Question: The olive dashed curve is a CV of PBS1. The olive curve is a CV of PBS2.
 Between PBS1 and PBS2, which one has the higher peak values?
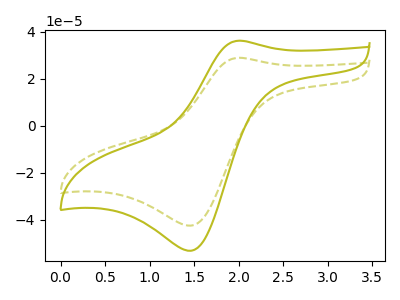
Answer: <think>The olive dashed curve "PBS1" has an anodic peak at (2.00V, 28.90uA) and a cathodic peak at (1.45V, -42.40uA). The olive curve "PBS2" has an anodic peak at (2.00V, 36.15uA) and a cathodic peak at (1.45V, -53.05uA).</think>
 <answer>Every peak in "PBS1" is lower than every peak in "PBS2".</answer>
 <eval>lower</eval>